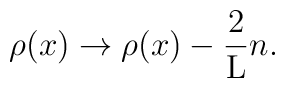
{\rho(x)} \rightarrow {\rho(x)} - \frac{2}{\rm L} n.